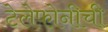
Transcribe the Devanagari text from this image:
टेलेफोनीची